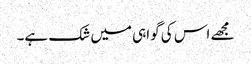
مجھے اس کی گواہی میں شک ہے۔